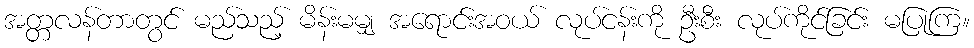
အတ္တလန်တာတွင် မည်သည့် မိန်းမမျှ အရောင်းအဝယ် လုပ်ငန်းကို ဦးစီး လုပ်ကိုင်ခြင်း မပြုကြ။